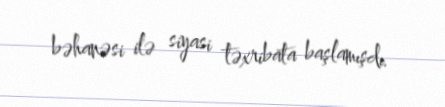
bəhanəsi ilə siyasi təxribata başlamışdı.